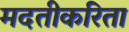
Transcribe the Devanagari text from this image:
मदतीकरिता